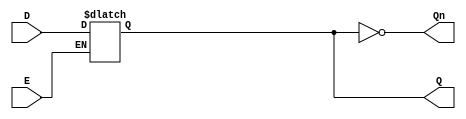
module latch_register (
    input wire D,     // Data input
    input wire E,     // Enable signal
    output reg Q,     // Output Q
    output wire Qn    // Complement of Q (Q')
);

// Always block that defines the behavior of the latch
always @(*) begin
    if (E) begin
        Q = D;  // Capture the data input when Enable is high
    end
    // If E is low, Q retains its state
end

// Assigning the complement of Q
assign Qn = ~Q;

endmodule